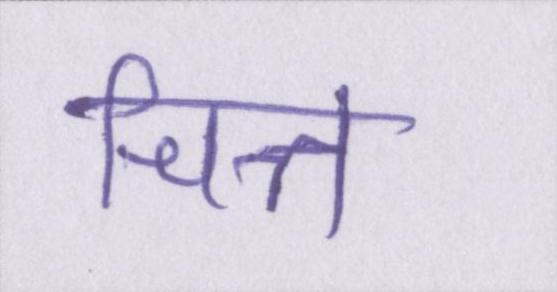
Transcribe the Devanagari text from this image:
चित्त